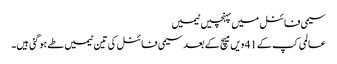
سیمی فائنل میں پہنچیں ٹیمیں
عالمی کپ کے 41 ویں میچ کے بعد سیمی فائنل کی تین ٹیمیں طے ہوگئی ہیں۔